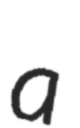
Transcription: a